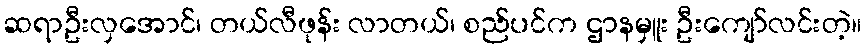
ဆရာဦးလှအောင်၊ တယ်လီဖုန်း လာတယ်၊ စည်ပင်က ဌာနမှူး ဦးကျော်လင်းတဲ့။